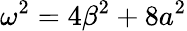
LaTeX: \omega^{2}=4\beta^{2}+8a^{2}